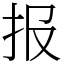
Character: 报